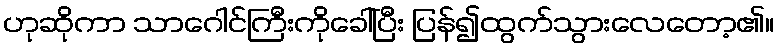
ဟုဆိုကာ သာဂေါင်ကြီးကိုခေါ်ပြီး ပြန်၍ထွက်သွားလေတော့၏။